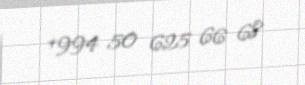
+994 50 625 66 68